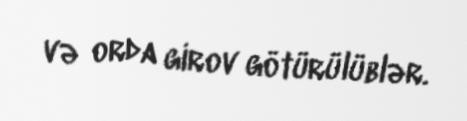
və orda girov götürülüblər.